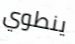
ينطوي